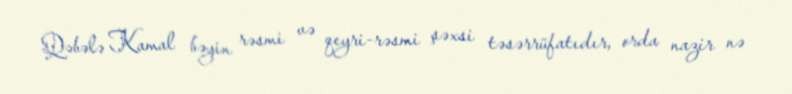
Qəbələ Kamal bəyin rəsmi və qeyri-rəsmi şəxsi təsərrüfatıdır, orda nazir nə